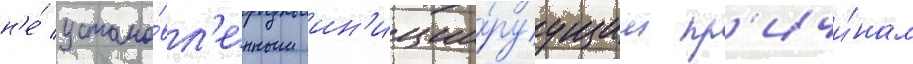
н'е́ устано́вл'енным ин'иции́руущим пр'ичи́нам